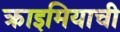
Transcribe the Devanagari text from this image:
क्राइमियाची